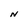
Character: N